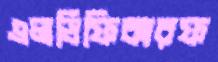
এলডিফিকারফ